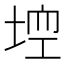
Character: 𡌾